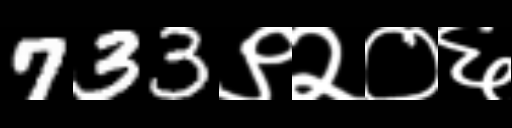
Text: 733९२०६